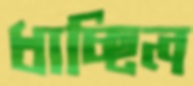
ধাচ্ছিল